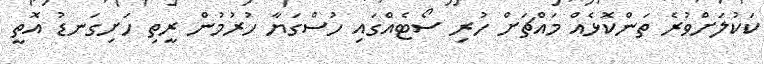
ކަކުލަށްވުރެ ތަންކޮޅެއް މައްޗަށް ހުރި ސޯޓެއްގައި ހުސްގަޔާ ހުރުމުން ރީތި ހަށިގަނޑު އޮތީ